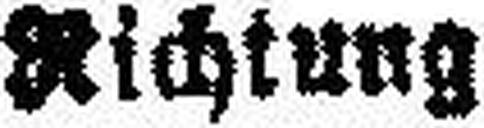
Richtung